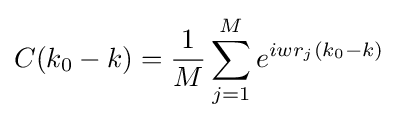
C(k_{0}-k)={\frac {1}{M}}\sum _{j=1}^{M}e^{iwr_{j}(k_{0}-k)}